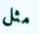
مثل